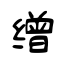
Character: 缯